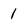
Character: 1